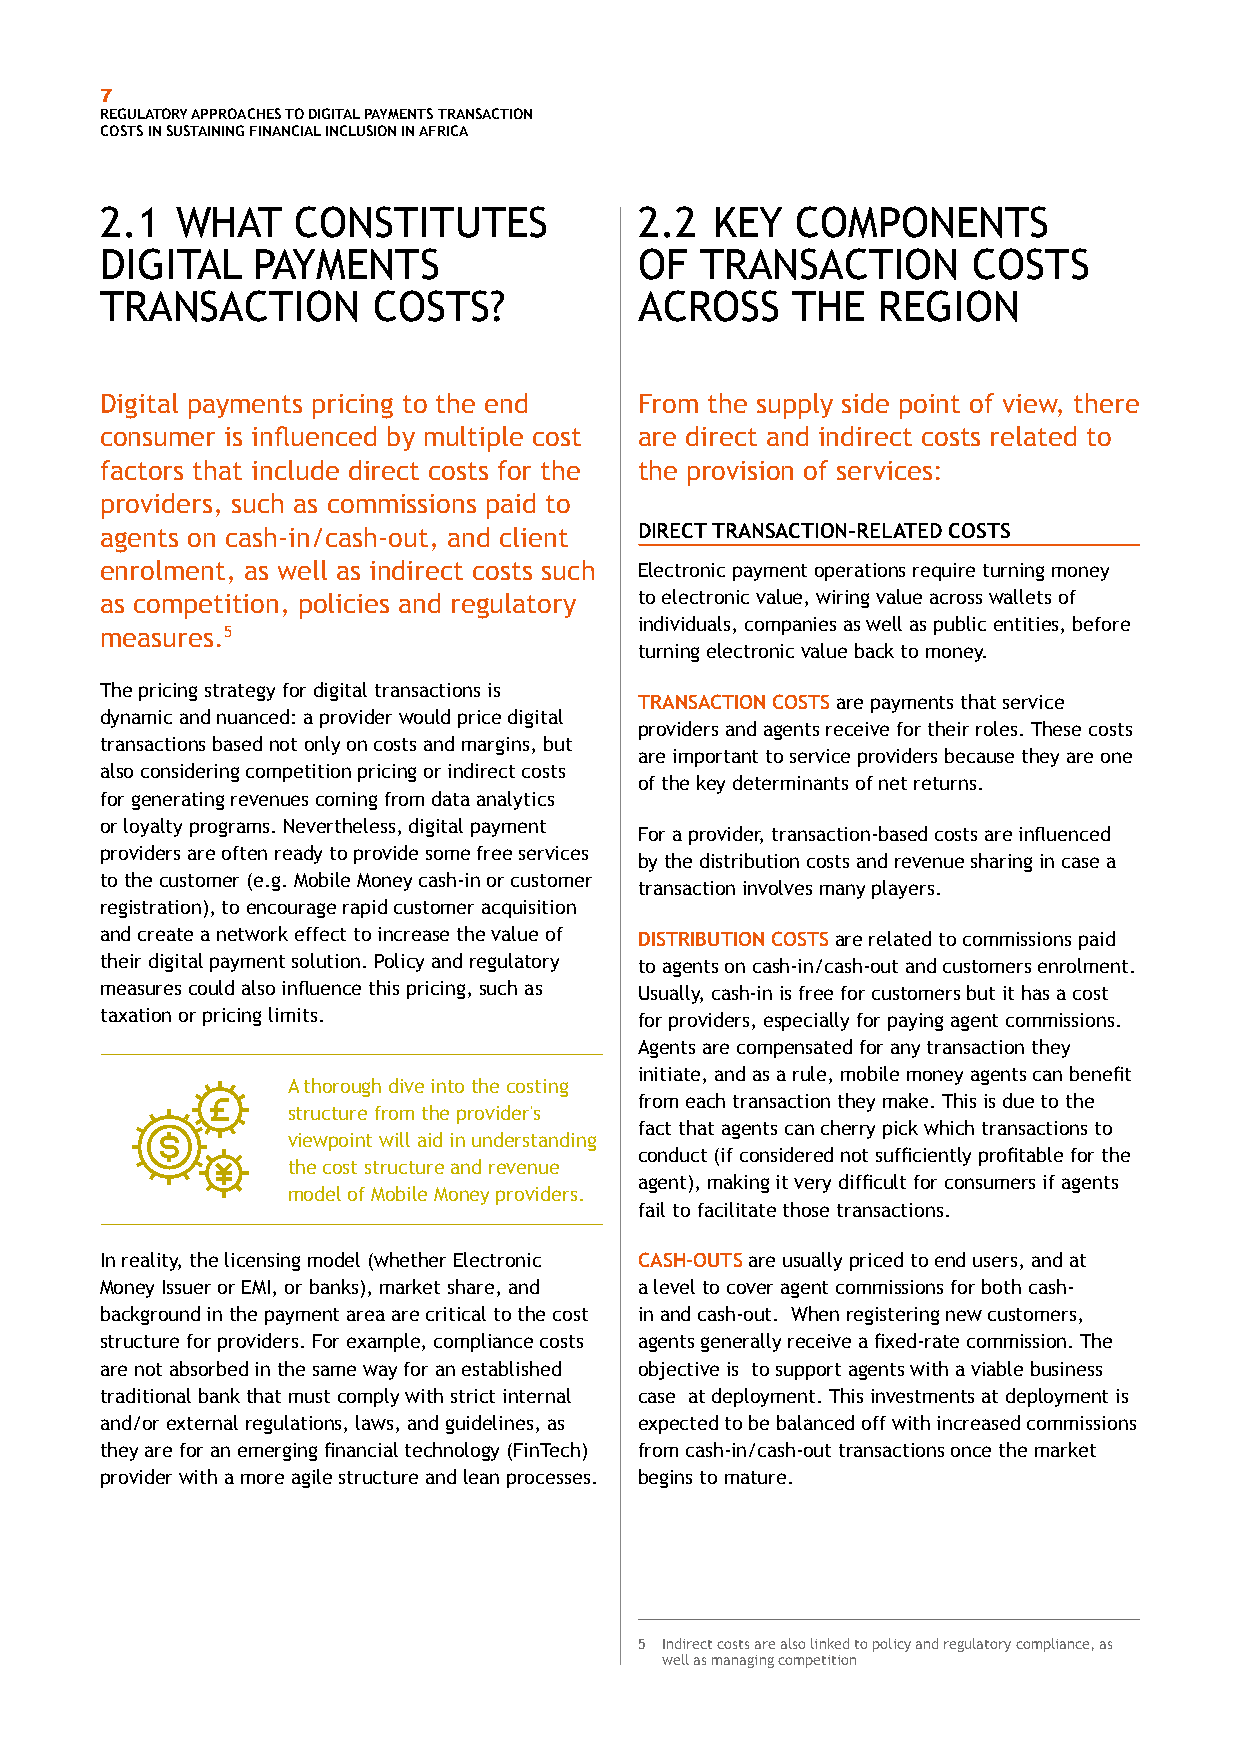
7
 REGULATORY APPROACHES TO DIGITAL PAYMENTS TRANSACTION
 COSTS IN SUSTAINING FINANCIAL INCLUSION IN AFRICA
 2.1  WHAT    CONSTITUTES           2.2  KEY   COMPONENTS
 DIGITAL   PAYMENTS                 OF  TRANSACTION       COSTS
 TRANSACTION       COSTS?           ACROSS    THE   REGION
 Digital payments pricing to the end From the supply side point of view, there
 consumer is influenced by multiple cost are direct and indirect costs related to
 factors that include direct costs for the the provision of services:
 providers, such as commissions paid to
 agents on cash-in/cash-out, and client DIRECT TRANSACTION-RELATED COSTS
 enrolment, as well as indirect costs such Electronic payment operations require turning money
 as competition, policies and regulatory to electronic value, wiring value across wallets of
 individuals, companies as well as public entities, before
 measures.5
 turning electronic value back to money.
 The pricing strategy for digital transactions is
 TRANSACTION COSTS are payments that service
 dynamic and nuanced: a provider would price digital
 providers and agents receive for their roles. These costs
 transactions based not only on costs and margins, but
 are important to service providers because they are one
 also considering competition pricing or indirect costs
 of the key determinants of net returns.
 for generating revenues coming from data analytics
 or loyalty programs. Nevertheless, digital payment
 For a provider, transaction-based costs are influenced
 providers are often ready to provide some free services
 by the distribution costs and revenue sharing in case a
 to the customer (e.g. Mobile Money cash-in or customer
 transaction involves many players.
 registration), to encourage rapid customer acquisition
 and create a network effect to increase the value of DISTRIBUTION COSTS are related to commissions paid
 their digital payment solution. Policy and regulatory to agents on cash-in/cash-out and customers enrolment.
 measures could also influence this pricing, such as Usually, cash-in is free for customers but it has a cost
 taxation or pricing limits.        for providers, especially for paying agent commissions.
 Agents are compensated for any transaction they
 initiate, and as a rule, mobile money agents can benefit
 A thorough dive into the costing
 from each transaction they make. This is due to the
 structure from the provider's
 fact that agents can cherry pick which transactions to
 viewpoint will aid in understanding
 conduct (if considered not sufficiently profitable for the
 the cost structure and revenue
 agent), making it very difficult for consumers if agents
 model of Mobile Money providers.
 fail to facilitate those transactions.
 In reality, the licensing model (whether Electronic CASH-OUTS are usually priced to end users, and at
 Money Issuer or EMI, or banks), market share, and a level to cover agent commissions for both cash-
 background in the payment area are critical to the cost in and cash-out. When registering new customers,
 structure for providers. For example, compliance costs agents generally receive a fixed-rate commission. The
 are not absorbed in the same way for an established objective is to support agents with a viable business
 traditional bank that must comply with strict internal case at deployment. This investments at deployment is
 and/or external regulations, laws, and guidelines, as expected to be balanced off with increased commissions
 they are for an emerging financial technology (FinTech) from cash-in/cash-out transactions once the market
 provider with a more agile structure and lean processes. begins to mature.
 5 Indirect costs are also linked to policy and regulatory compliance, as
 well as managing competition